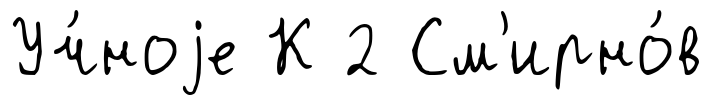
Уч́ноjе К 2 См'ирно́в